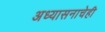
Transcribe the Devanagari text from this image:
अध्यासनाचेही